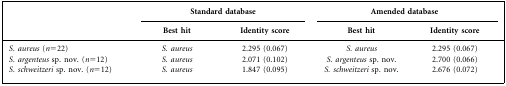
|  | <COLSPAN=2> Standard database | <COLSPAN=2> Amended database |
 |  | Best hit | Identity score | Best hit | Identity score |
 | --- | --- | --- | --- | --- |
 | S. aureus (n = 22) | S. aureus | 2.295 (0.067) | S. aureus | 2.295 (0.067) |
 | S. argenteus sp. nov. (n = 12) | S. aureus | 2.071 (0.102) | S. argenteus sp. nov. | 2.700 (0.066) |
 | S. schweitzeri sp. nov. (n = 12) | S. aureus | 1.847 (0.095) | S. schweitzeri sp. nov. | 2.676 (0.072) |